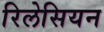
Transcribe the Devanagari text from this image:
रिलेसियन